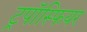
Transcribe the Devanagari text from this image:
ट्रपॉस्फियर